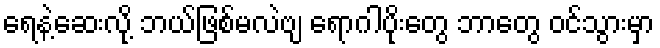
ရေနဲ့ဆေးလို့ ဘယ်ဖြစ်မလဲဗျ ရောဂါပိုးတွေ ဘာတွေ ဝင်သွားမှာ